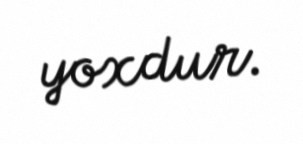
yoxdur.